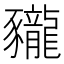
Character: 𧲖